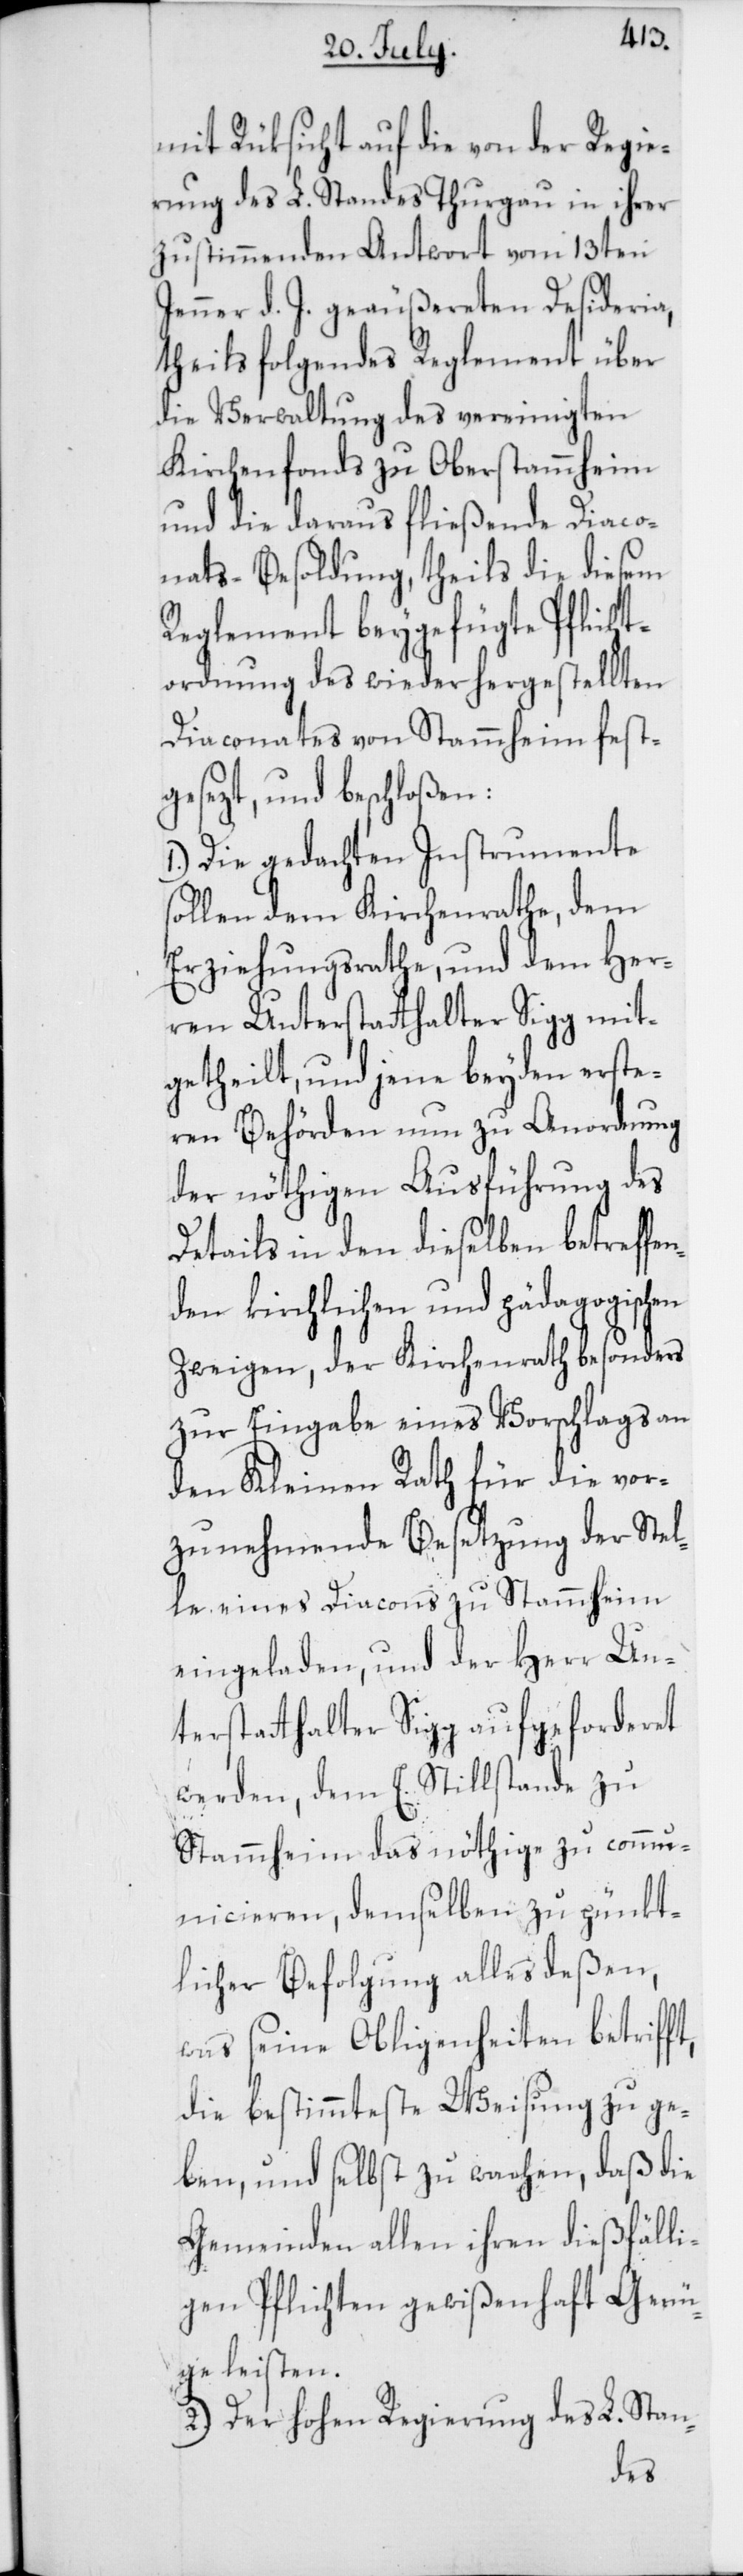
t,
mit Rüksicht auf die von der Regie¬
rung des L. Standes Thurgau in ihrer
zustimmenden Antwort vom 13ten
Jenner d. J. geäußereten Desideria,
theils folgendes Reglement über
die Verwaltung des vereinigten
Kirchenfonds zu Oberstammheim
und die daraus fließende Diaco¬
nats-Besoldung, theils die diesem
Reglement beygefügte Pflicht¬
ordnung des wieder hergestellten
Diaconates von Stammheim fest¬
gesezt und beschloßen:
1.) Die gedachten Instrumente
sollen dem Kirchenrathe, dem
Erziehungsrathe, und dem Her¬
ren Unterstatthalter Sigg mit¬
getheilt, und jene beyden erste¬
ren Behörden nun zu Anordnung
der nöthigen Ausführung des
Details in den dieselben betreffen¬
den kirchlichen und pädagogischen
Zweigen, der Kirchenrath besonders
zur Eingabe eines Vorschlags an
den Kleinen Rath für die vor¬
zunehmende Besetzung der Stel¬
le eines Diacons zu Stammheim
eingeladen, und der Herr Un¬
terstatthalter Sigg aufgeforderet
werden, dem E. Stillstande zu
Stammheim das nöthige zu comm¬
unicieren, demselben zu pünkt¬
licher Befolgung alles deßen,
was seine Obligenheiten betriff¬
die bestimmteste Weisung zu ge¬
ben, und selbst zu wachen, daß die
Gemeinden allen ihren dießfälli¬
gen Pflichten gewißenhaft Genü¬
ge leisten.
2.) Der hohen Regierung des L. Stan-